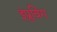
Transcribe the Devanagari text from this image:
इंप्रुविंग